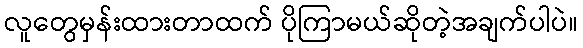
လူတွေမှန်းထားတာထက် ပိုကြာမယ်ဆိုတဲ့အချက်ပါပဲ။